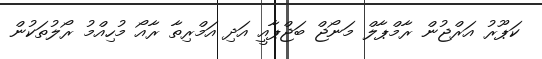
ކަޕޫރު އަރްޖުން ރާމްޕާލް މަނޯޖް ބަޖްޕާއީ އަދި އަމްރިތާ ރާއޯ މުހިއްމު ރޯލުތަކުން